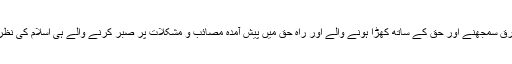
حق و باطل میں فرق سمجھنے اور حق کے ساتھ کھڑا ہونے والے اور راہِ حق میں پیش آمدہ مصائب و مشکلات پر صبر کرنے والے ہی اسلام کی نظر میں کامیاب ہیں۔